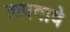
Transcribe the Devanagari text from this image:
लपवावे